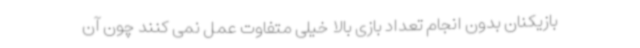
بازیکنان بدون انجام تعداد بازی بالا خیلی متفاوت عمل نمی کنند چون آن